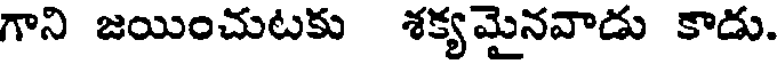
గాని జయించుటకు శక్యమైనవాడు కాడు.